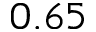
0 . 6 5